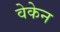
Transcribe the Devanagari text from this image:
वेकेन